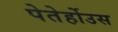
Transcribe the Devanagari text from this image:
पेतेर्होउस